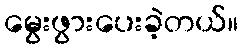
မွေးဖွားပေးခဲ့တယ်။